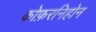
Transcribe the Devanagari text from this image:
कोफ़रनिहोन